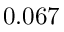
0 . 0 6 7